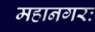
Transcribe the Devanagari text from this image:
महानगरः